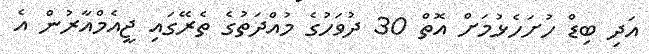
އަދި ބިޑް ހުށަހެޅުމަށް އޮތް 30 ދުވަހުގެ މުއްދަތުގެ ތެރޭގައި ޖީއެމްއާރުން އެ